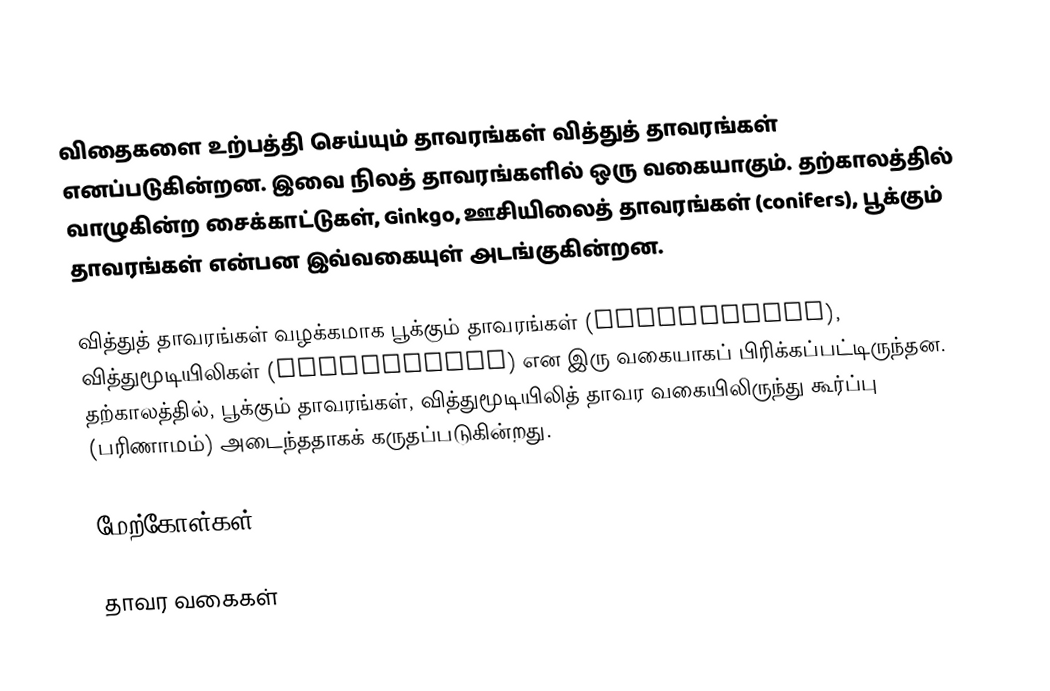
விதைகளை உற்பத்தி செய்யும் தாவரங்கள் வித்துத் தாவரங்கள் எனப்படுகின்றன. இவை நிலத் தாவரங்களில் ஒரு வகையாகும். தற்காலத்தில் வாழுகின்ற சைக்காட்டுகள், Ginkgo, ஊசியிலைத் தாவரங்கள் (conifers), பூக்கும் தாவரங்கள் என்பன இவ்வகையுள் அடங்குகின்றன.

வித்துத் தாவரங்கள் வழக்கமாக பூக்கும் தாவரங்கள் (Angiosperms), வித்துமூடியிலிகள் (gymnosperms) என இரு வகையாகப் பிரிக்கப்பட்டிருந்தன. தற்காலத்தில், பூக்கும் தாவரங்கள், வித்துமூடியிலித் தாவர வகையிலிருந்து கூர்ப்பு (பரிணாமம்) அடைந்ததாகக் கருதப்படுகின்றது.

மேற்கோள்கள்

தாவர வகைகள்